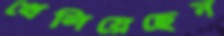
খেলিয়েছেন